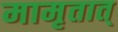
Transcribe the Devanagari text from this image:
मामृतात्